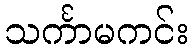
သင်္ကာမကင်း